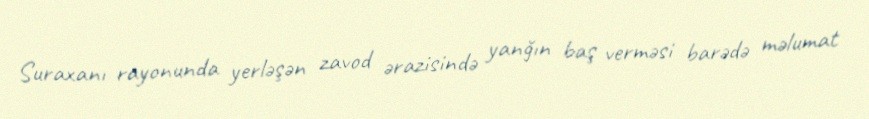
Suraxanı rayonunda yerləşən zavod ərazisində yanğın baş verməsi barədə məlumat